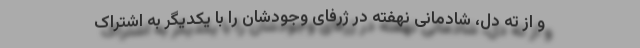
و از ته دل، شادمانی نهفته در ژرفای وجودشان را با یکدیگر به اشتراک